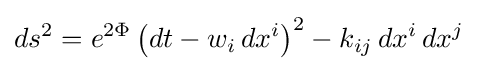
ds^{2}=e^{2\Phi }\left(dt-w_{i}\,dx^{i}\right)^{2}-k_{ij}\,dx^{i}\,dx^{j}